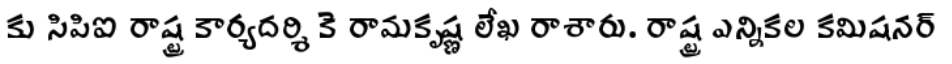
కు సిపిఐ రాష్ట్ర కార్యదర్శి కె రామకృష్ణ లేఖ రాశారు. రాష్ట్ర ఎన్నికల కమిషనర్